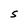
Character: S